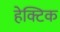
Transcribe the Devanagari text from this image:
हेक्टिक